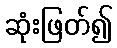
ဆုံးဖြတ်၍